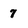
Character: 7